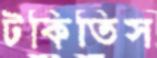
টকিতিস